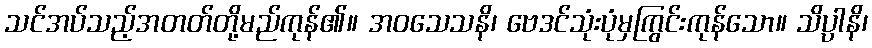
သင်အပ်သည့်အတတ်တို့မည်ကုန်၏။ အဝသေသနိ၊ ဗေဒင်သုံးပုံမှကြွင်းကုန်သော။ သိပ္ပါနိ၊